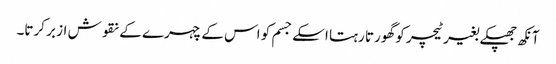
آنکھ جھپکے بغیر ٹیچر کو گھورتا رہتا اسکے جسم کو اس کے چہرے کے نقوش از بر کرتا۔